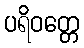
ပရိဝတ္တေ